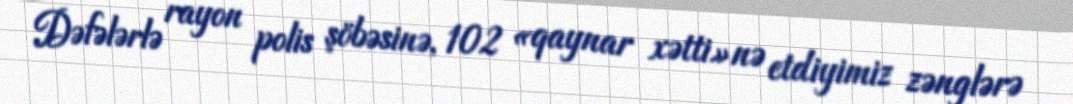
Dəfələrlə rayon polis şöbəsinə, 102 «qaynar xətti»nə etdiyimiz zənglərə